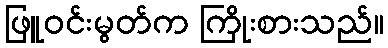
ဖြူဝင်းမွတ်က ကြိုးစားသည်။